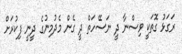
ރަގަޅު ގޮތަކީ ވިސްނާ ދީ ނަސޭހަތް ދީ ގެން މެދުމިނުގެ ދީނީ ފިކުރަށް